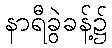
နာရီခွဲခန့်၌